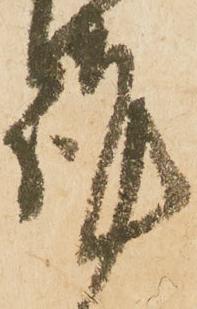
謹